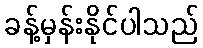
ခန့်မှန်းနိုင်ပါသည်